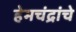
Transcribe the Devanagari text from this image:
हेमचंद्रांचे